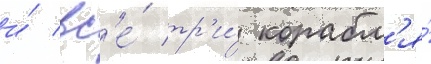
и́ вс'е́ тр'и́ корабл'я́